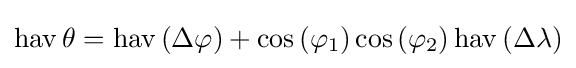
\operatorname {hav} \theta =\operatorname {hav} \left(\Delta \varphi \right)+\cos \left(\varphi _{1}\right)\cos \left(\varphi _{2}\right)\operatorname {hav} \left(\Delta \lambda \right)